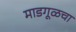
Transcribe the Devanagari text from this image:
माडगूळचा